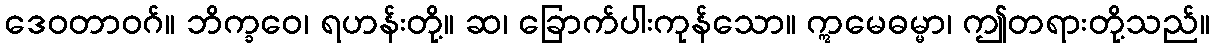
ဒေဝတာဝဂ်။ ဘိက္ခဝေ၊ ရဟန်းတို့။ ဆ၊ ခြောက်ပါးကုန်သော။ ဣမေဓမ္မာ၊ ဤတရားတို့သည်။